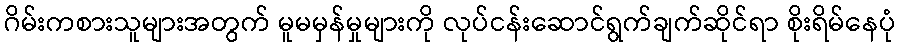
ဂိမ်းကစားသူများအတွက် မူမမှန်မှုများကို လုပ်ငန်းဆောင်ရွက်ချက်ဆိုင်ရာ စိုးရိမ်နေပုံ